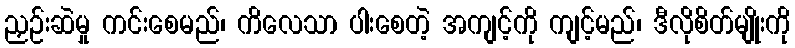
ညှဉ်းဆဲမှု ကင်းစေမည်၊ ကိလေသာ ပါးစေတဲ့ အကျင့်ကို ကျင့်မည်၊ ဒီလိုစိတ်မျိုးကို